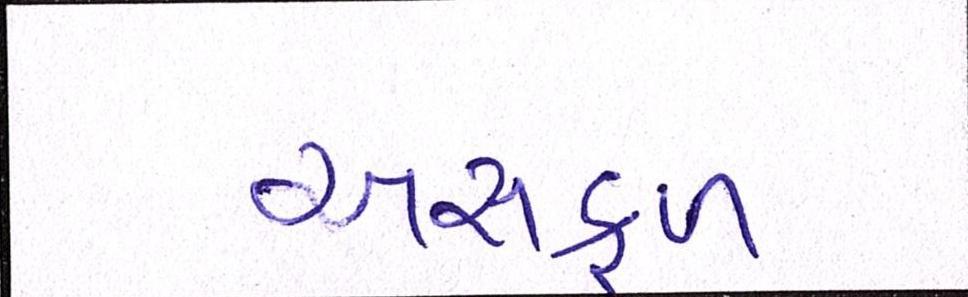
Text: અસફળ